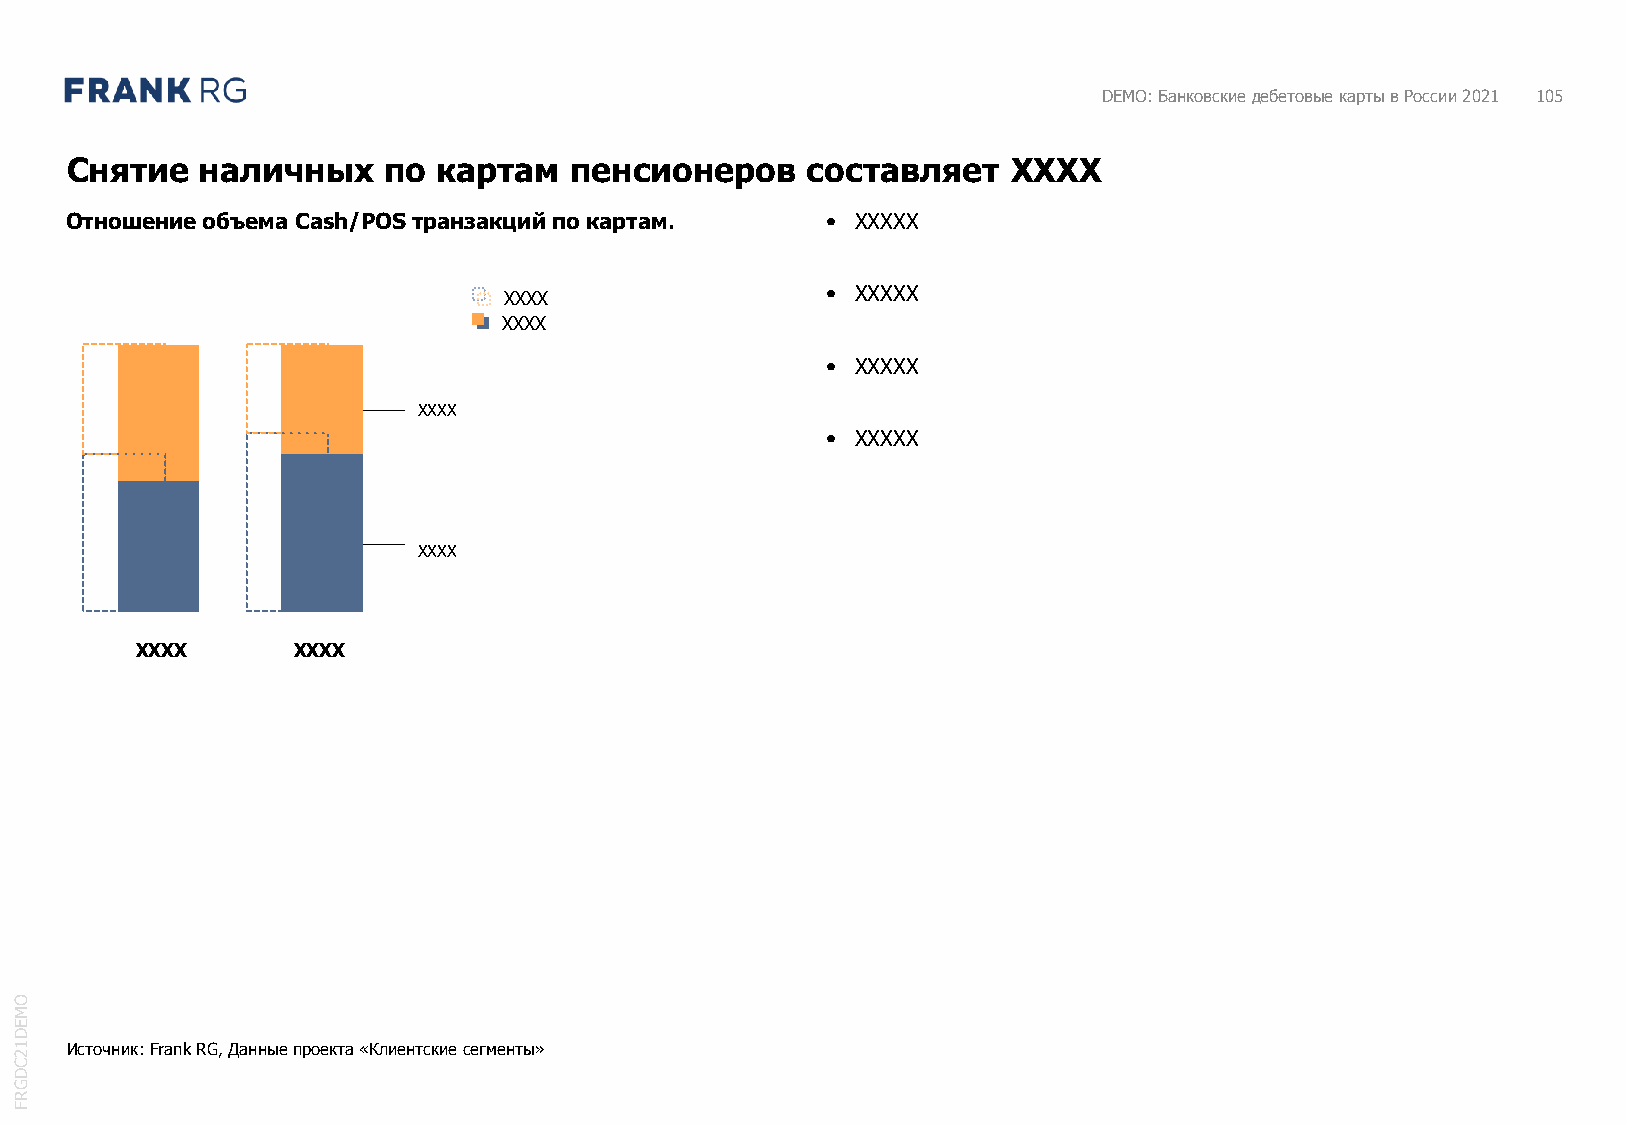
DEMO: Банковские дебетовые карты в России 2021 105
 Снятие   наличных    по  картам   пенсионеров    составляет    XXXX
 Отношение объема Cash/POS транзакций по картам.    • XXXXX
 XXXX                  • XXXXX
 XXXX
 • XXXXX
 XXXX
 • XXXXX
 XXXX
 XXXX      XXXX
 O
 M
 E
 D
 1  Источник: Frank RG, Данные проекта «Клиентские сегменты»
 2
 C
 D
 G
 R
 F